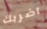
اضربك